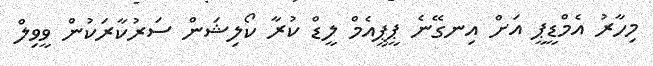
މިހާރު އެމްޑީޕީ އަށް އިނގޭނެ ޕީޕީއެމް ލީޑް ކުރާ ކޯލިޝަން ސަރުކާރަކުން ވީވިލް